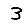
Digit: 3